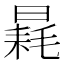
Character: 𣉶